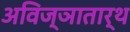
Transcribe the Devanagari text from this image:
अविज्ञातार्थ